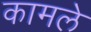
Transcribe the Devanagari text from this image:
कामले